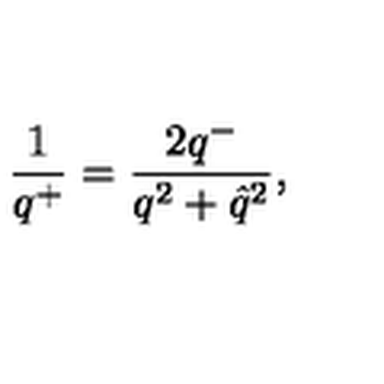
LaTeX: \frac { 1 } { q ^ { + } } = \frac { 2 q ^ { - } } { q ^ { 2 } + \hat { q } ^ { 2 } } ,